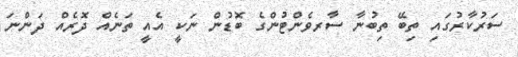
ސަރުކާރުގައި ތިބޭ ތިބުނާ ސާރވެންޓުންގެ ބޮޑުން ނަކީ އެއީ ތަނެއް ދޮރެއް ދަންނަ